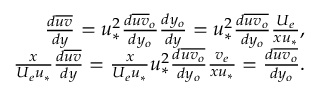
\begin{array} { r } { \frac { d \overline { { u v } } } { d y } = u _ { * } ^ { 2 } \frac { d \overline { { u v } } _ { o } } { d y _ { o } } \frac { d y _ { o } } { d y } = u _ { * } ^ { 2 } \frac { d \overline { { u v _ { o } } } } { d y _ { o } } \frac { U _ { e } } { x u _ { * } } , } \\ { \frac { x } { U _ { e } u _ { * } } \frac { d \overline { { u v } } } { d y } = \frac { x } { U _ { e } u _ { * } } u _ { * } ^ { 2 } \frac { d \overline { { u v _ { o } } } } { d y _ { o } } \frac { v _ { e } } { x u _ { * } } = \frac { d \overline { { u v _ { o } } } } { d y _ { o } } . } \end{array}